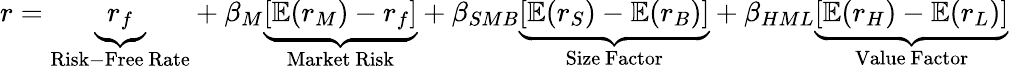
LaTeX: r=\underbrace{r_{f}}_{\mathrm{Risk-Free~Rate}}+\beta_{M}\underbrace{\left[\mathbb{E}(r_{M})-r_{f}\right]}_{\mathrm{Market~Risk}}+\beta_{SMB}\underbrace{\left[\mathbb{E}(r_{S})-\mathbb{E}(r_{B})\right]}_{\mathrm{Size~Factor}}+\beta_{HML}\underbrace{\left[\mathbb{E}(r_{H})-\mathbb{E}(r_{L})\right]}_{\mathrm{Value~Factor}}